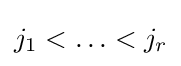
j_{1}<\ldots <j_{r}